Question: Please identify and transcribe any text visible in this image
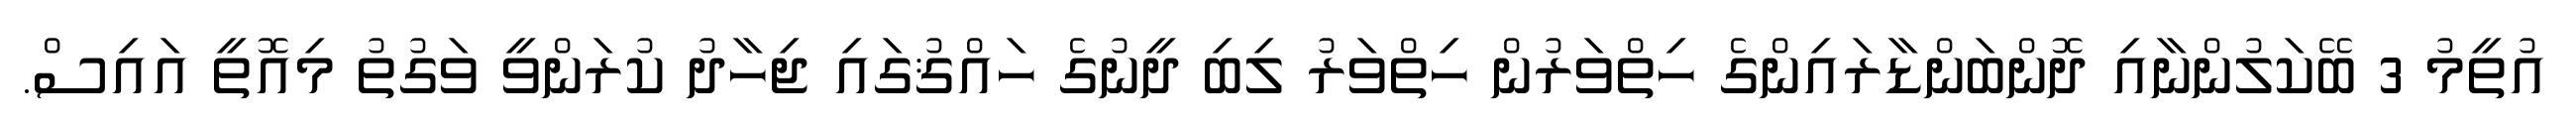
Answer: އުތީމު 3 ބޭކަލުންނާއި ދޮންބަންޑާރައިންގެ ހިތްވަރުން ހިތްވަރު ލިބި ދީނުގެ ހައްޤުގައި ޖިހާދު ކުރަންވީ ވަގުތު މިއޮތީ އައިސް.